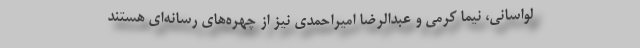
لواسانی، نیما کرمی و عبدالرضا امیراحمدی نیز از چهره‌های رسانه‌ای هستند